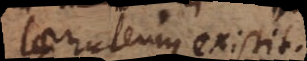
Caeruleum existit.